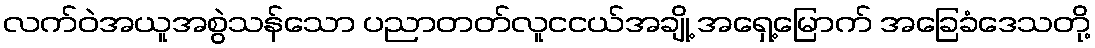
လက်ဝဲအယူအစွဲသန်သော ပညာတတ်လူငငယ်အချို့ အရှေ့မြောက် အခြေခံဒေသတို့